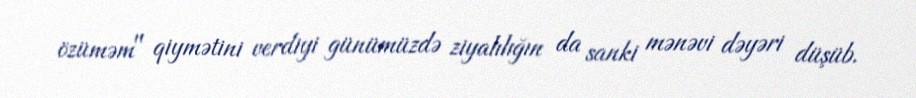
özüməm" qiymətini verdiyi günümüzdə ziyalılığın da sanki mənəvi dəyəri düşüb.